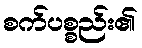
စက်ပစ္စည်း၏